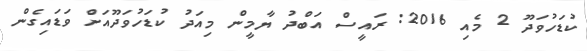
ކުޑަހުވަދޫ 2 މެއި 2016: ރައީސް އަބްދު ޔާމީން މިއަދު ކުޑަހުވަދޫއަށް ވަޑައިގެން